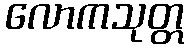
လောကသုတ္တ